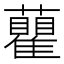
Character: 𧄒